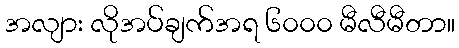
အလျား လိုအပ်ချက်အရ ၆၀၀၀ မီလီမီတာ။